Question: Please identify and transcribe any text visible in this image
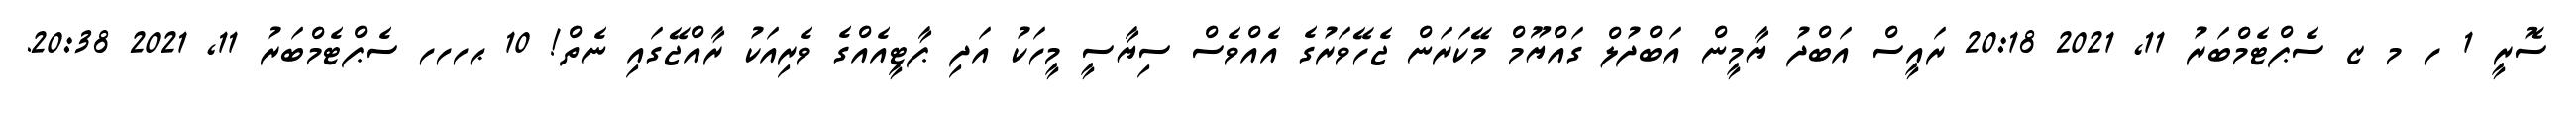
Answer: ސޮރީ 1 ހ މ ޒ ސެޕްޓެމްބަރު 11, 2021 20:18 ރައީސް އަބްދު ޔާމީން އަބްދުލް ގައްޔޫމް މޭކަރަން ޖެހޭވަރުގެ އެއްވެސް ސިޔާސީ މީހަކު އަދި ޕާޓީއެއްގެ ވެރިއަކު ރާއްޖޭގައި ނެތް! 10 ޙހހހ ސެޕްޓެމްބަރު 11, 2021 20:38.